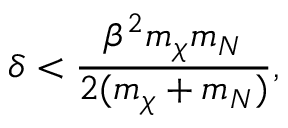
\delta < \frac { \beta ^ { 2 } m _ { \chi } m _ { N } } { 2 ( m _ { \chi } + m _ { N } ) } ,